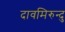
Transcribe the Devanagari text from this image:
दावमिरुन्दु